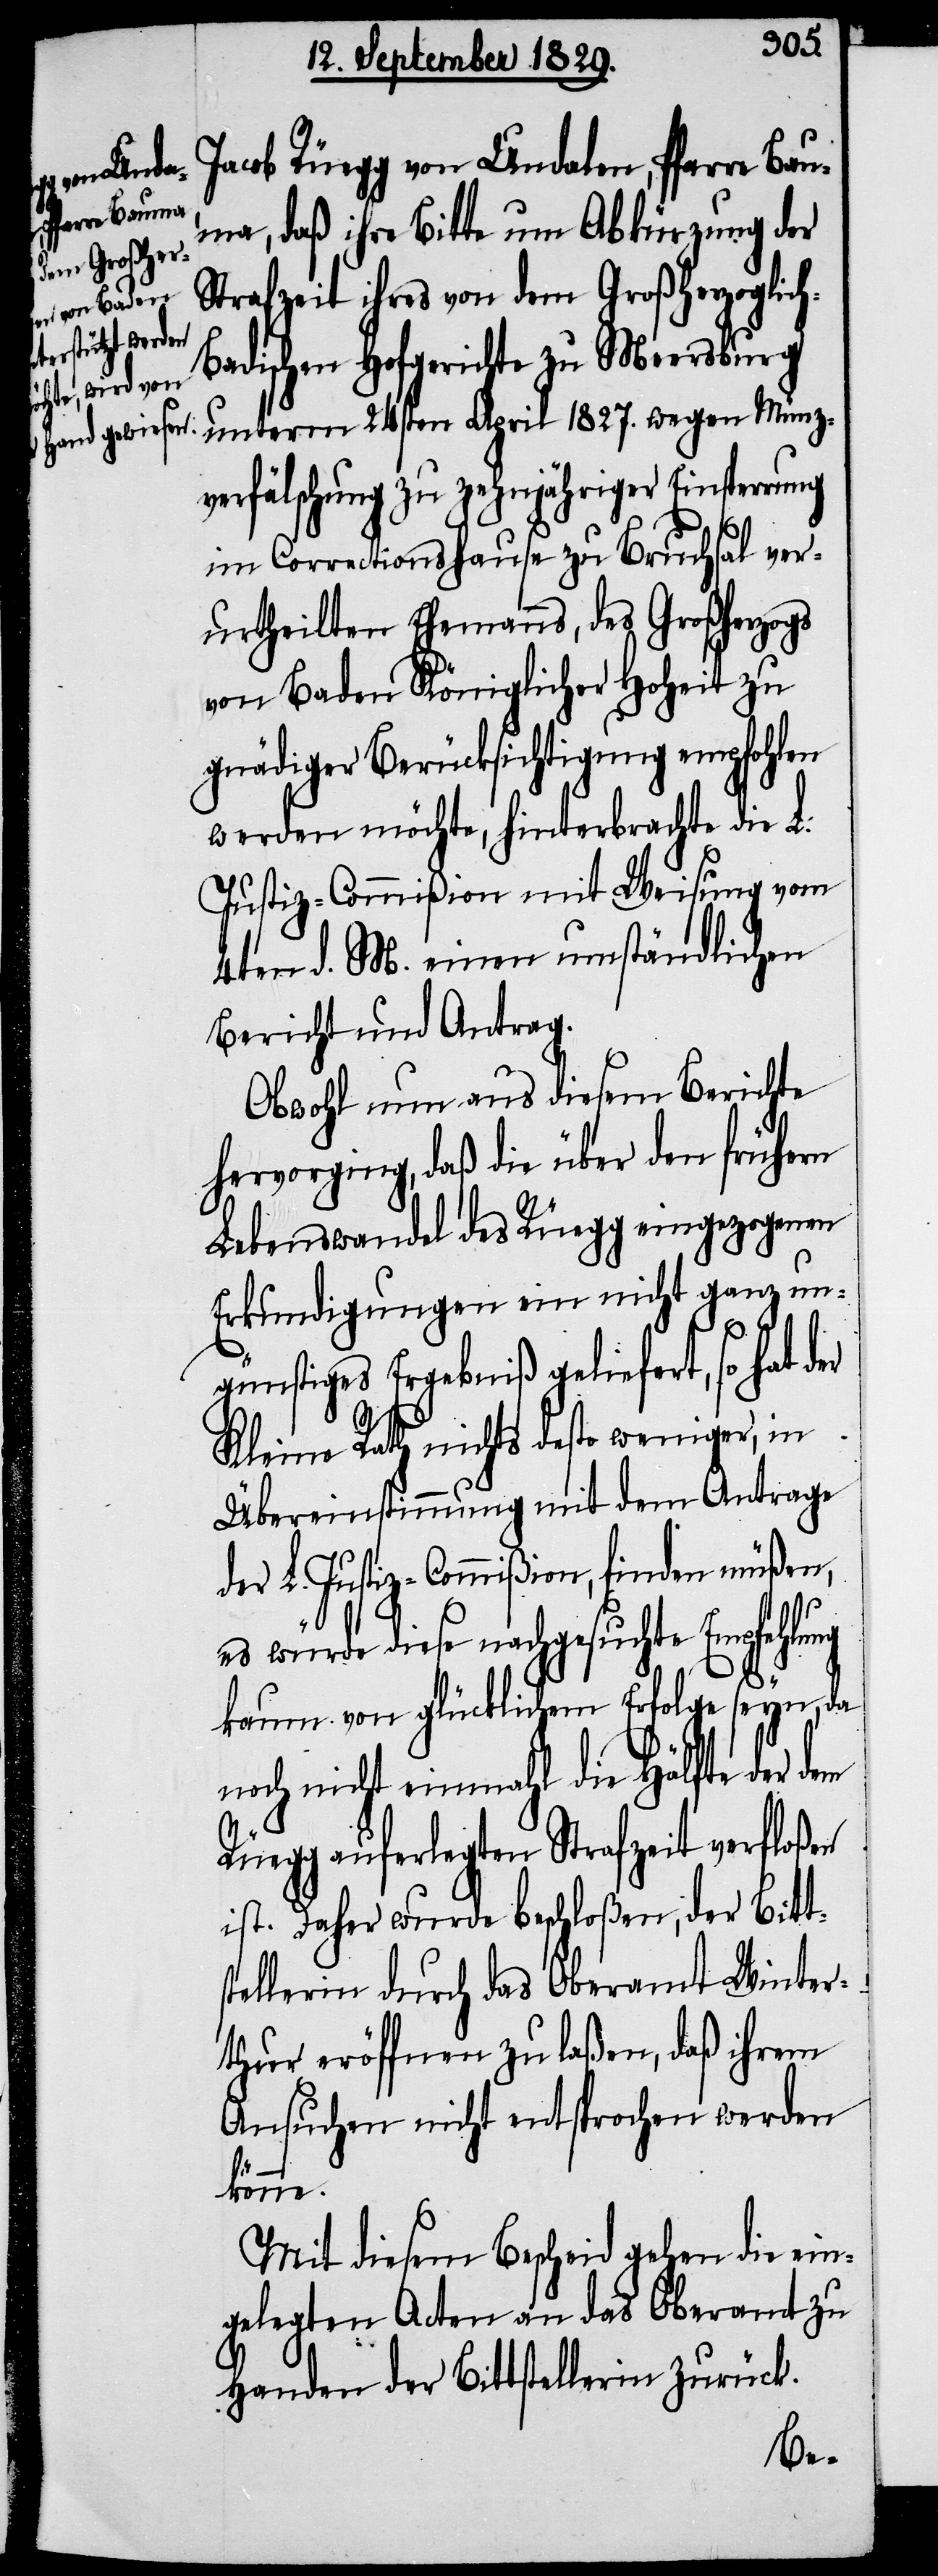
Jacob Rüegg von Undalen, Pfarre Ba¬
uma, daß ihre Bitte um Abkürzung der
Strafzeit ihres von dem Großherzoglic¬
adischen Hofgerichte zu Meersburg
unterm 24sten April 1827. wegen Münz¬
verfälschung zu zehnjähriger Einsperrung
im Correctionshause zu Bruchsal ver¬
urtheilten Ehemanns, des Großherzogs
von Baden Königlicher Hoheit zu
gnädiger Berücksichtigung empfohlen
werden möchte, hinterbrachte die L.
Justiz-Commißion mit Weisung vom
4ten d. M. einen umständlichen
Bericht und Antrag.
Obwohl nun aus diesem Berichte
hervorging, daß die über den frühern
Lebenswandel des Rüegg eingezogenen
Erkundigungen ein nicht ganz un¬
günstiges Ergebniß geliefert, so hat der
Kleine Rath nichts desto weniger, in
Übereinstimmung mit dem Antrage
der L. Justiz-Commißion, finden müßen,
es würde diese nachgesuchte Empfehlung
kaum von glücklichem Erfolge seyn, da
noch nicht einmahl die Hälfte der dem
Rüegg auferlegten Strafzeit verfloßen
ist. Daher wurde beschloßen, der Bitts¬
tellerin durch das Oberamt Winter¬
thur eröffnen zu laßen, daß ihrem
Ansuchen nicht entsprochen werden
könne.
Mit diesem Bescheid gehen die ein¬
gelegten Acten an das Oberamt zu
Handen der Bittstellerin zurück.
h-B¬